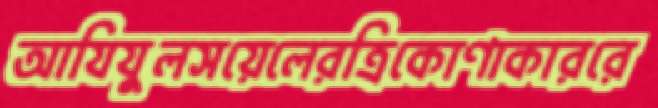
আযিযুলসয়েলেরত্রিকোণাকাররে